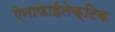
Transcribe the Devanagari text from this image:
ऐनाफाईलेक्टिक